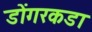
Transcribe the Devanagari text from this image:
डोंगरकडा